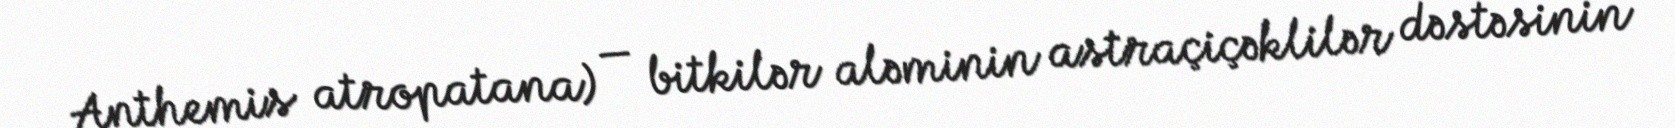
Anthemis atropatana) — bitkilər aləminin astraçiçəklilər dəstəsinin